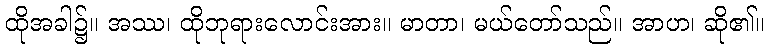
ထိုအခါ၌။ အဿ၊ ထိုဘုရားလောင်းအား။ မာတာ၊ မယ်တော်သည်။ အာဟ၊ ဆို၏။